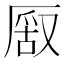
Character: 𠪔